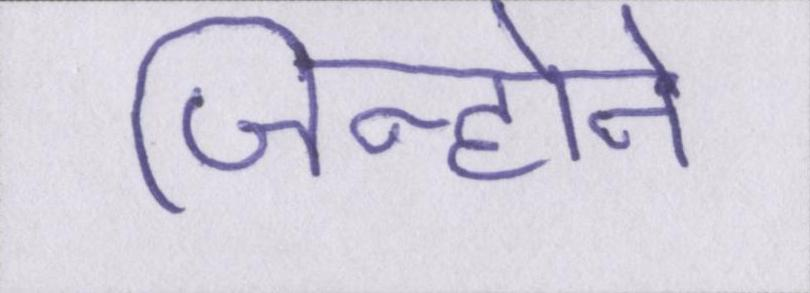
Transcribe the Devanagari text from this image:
जिन्होने